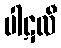
ပါဋလီ